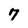
Character: 7